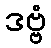
ဒဗ္ဗံ